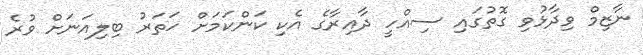
ނާޒިމް ވިދާޅުވި ގޮތުގައި ސިއްހީ ދާއިރާގެ އެކި ކަންކަމަށް ހަތަރު ބިލިއަނަށް ވުރެ